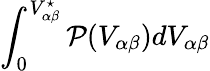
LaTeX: \int_{0}^{V_{\alpha\beta}^{\star}}\mathcal{P}(V_{\alpha\beta})dV_{\alpha\beta}